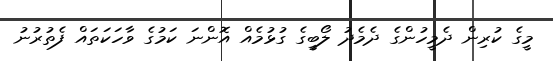
މީގެ ކުރިން ދެމީހުންގެ ދެމެދު ލޯބީގެ ގުޅުމެއް އޮންނަ ކަމުގެ ވާހަކަތައް ފެތުރުނު